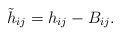
\begin{align*}\tilde{h}_{ij}=h_{ij}-B_{ij}.\end{align*}